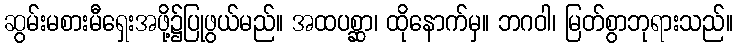
ဆွမ်းမစားမီရှေးအဖို့၌ပြုဖွယ်မည်။ အထပစ္ဆာ၊ ထိုနောက်မှ။ ဘဂဝါ၊ မြတ်စွာဘုရားသည်။